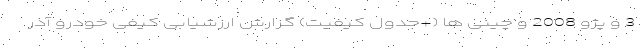
3 و پژو 2008 و چینی ها (+جدول کیفیت) گزارش ارزشیابی کیفی خودرو آذر